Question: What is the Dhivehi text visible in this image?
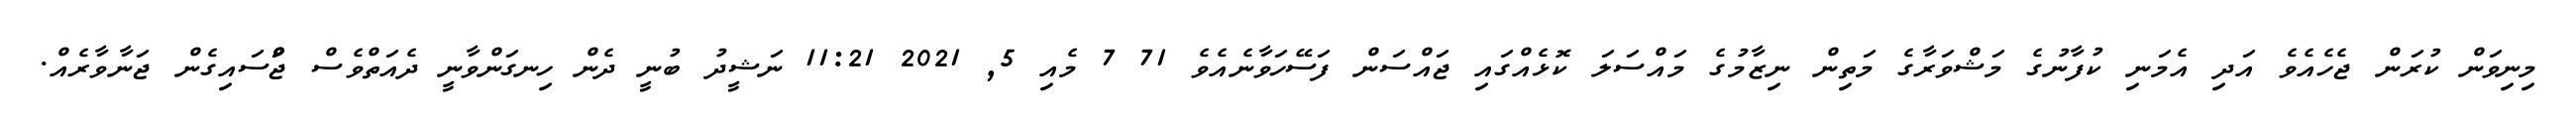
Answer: މިނިވަން ކުރަން ޖެހެއެވެ އަދި އެމަނި ކުފާނުގެ މަޝްވަރާގެ މަތިން ނިޒާމުގެ މައްސަލަ ކޮޅެއްގައި ޖައްސަން ފަސޭހަވާނެއެވެ 71 7 މެއި 5, 2021 11:21 ނަޝީދު ބުނީ ދެން ހިނގަންވާނީ ދެއަތްވެސް ޖަްްސައިގެން ޖަނާވާރެއް.